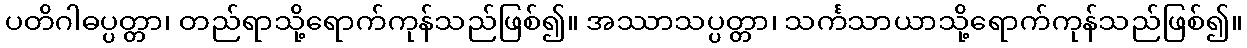
ပတိဂါဓပ္ပတ္တာ၊ တည်ရာသို့ရောက်ကုန်သည်ဖြစ်၍။ အဿာသပ္ပတ္တာ၊ သင်္ကသာယာသို့ရောက်ကုန်သည်ဖြစ်၍။